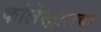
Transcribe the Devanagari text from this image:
कोलेस्ट्रालचा